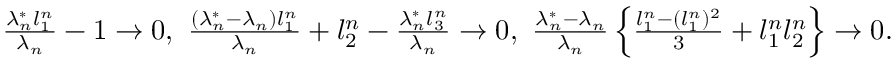
\begin{array} { r } { \frac { \lambda _ { n } ^ { * } l _ { 1 } ^ { n } } { \lambda _ { n } } - 1 \to 0 , \ \frac { ( \lambda _ { n } ^ { * } - \lambda _ { n } ) l _ { 1 } ^ { n } } { \lambda _ { n } } + l _ { 2 } ^ { n } - \frac { \lambda _ { n } ^ { * } l _ { 3 } ^ { n } } { \lambda _ { n } } \to 0 , \ \frac { \lambda _ { n } ^ { * } - \lambda _ { n } } { \lambda _ { n } } \left\{ \frac { l _ { 1 } ^ { n } - ( l _ { 1 } ^ { n } ) ^ { 2 } } { 3 } + l _ { 1 } ^ { n } l _ { 2 } ^ { n } \right\} \to 0 . } \end{array}